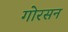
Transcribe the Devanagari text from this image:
गोरसन